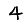
Digit: 4